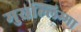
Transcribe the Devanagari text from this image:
मुसल्लिम्मा